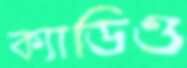
ক্যাডিও